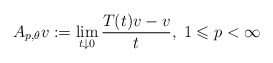
\begin{align*} A_{p,\theta}v := \lim_{t\downarrow 0}\frac{T(t)v-v}{t},\; 1\leqslant p<\infty\end{align*}